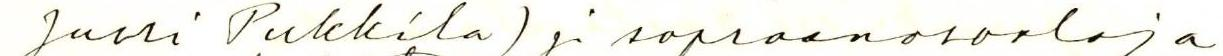
Jussi Pukkila) ja sopraanorooleja